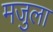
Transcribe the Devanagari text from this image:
मजुला